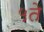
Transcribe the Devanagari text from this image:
५ते